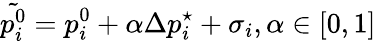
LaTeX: \tilde{p_{i}^{0}}=p_{i}^{0}+\alpha\Delta p_{i}^{\star}+\sigma_{i},\alpha\in[0,1]